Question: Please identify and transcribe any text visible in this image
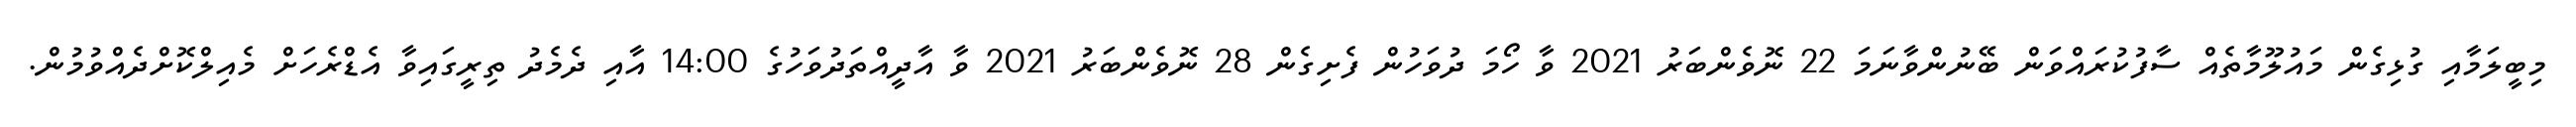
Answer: މިބީލަމާއި ގުޅިގެން މައުލޫމާތެއް ސާފުކުރައްވަން ބޭނުންވާނަމަ 22 ނޮވެންބަރު 2021 ވާ ހޯމަ ދުވަހުން ފެށިގެން 28 ނޮވެންބަރު 2021 ވާ އާދީއްތަދުވަހުގެ 14:00 އާއި ދެމެދު ތިރީގައިވާ އެޑްރެހަށް މެއިލްކޮށްދެއްވުމުން.